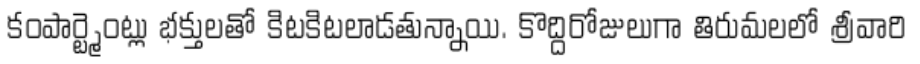
కంపార్ట్మెంట్లు భక్తులతో కిటకిటలాడతున్నాయి. కొద్దిరోజులుగా తిరుమలలో శ్రీవారి